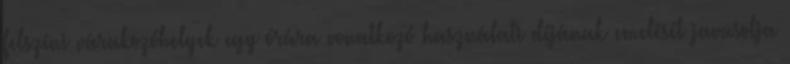
felszíni várakozóhelyek egy órára vonatkozó használati díjának emelését javasolja